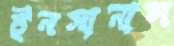
ইনসানাল